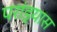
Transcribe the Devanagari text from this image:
परांड्यास